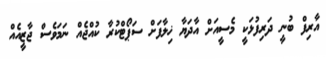
އާރިފް ބުނީ ދަރިފުޅަކީ މެސީއަށް އާދަޔާ ޚިލާފަށް ސަޕޯޓްކުރާ ކުއްޖެއް ނަމަވެސް ޖާޒީއެއް